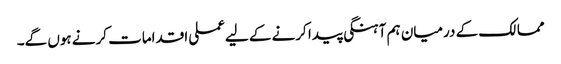
ممالک کے درمیان ہم آہنگی پیدا کرنے کے لیےعملی اقدامات کرنے ہوں گے۔